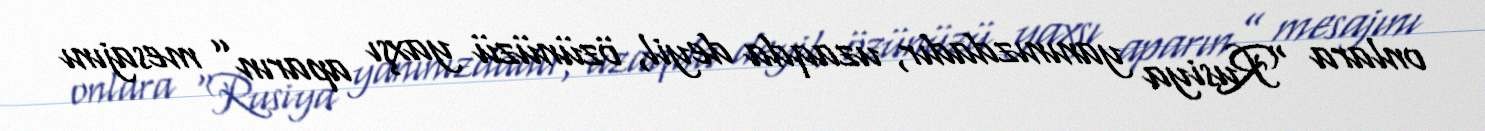
onlara “Rusiya yanınızdadır, uzaqda deyil, özünüzü yaxşı aparın” mesajını